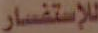
للإستفسار